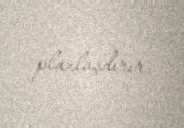
planlaşdırır.